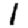
Digit: 1